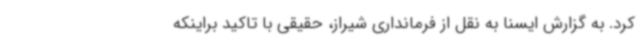
کرد. به گزارش ایسنا به نقل از فرمانداری شیراز، حقیقی با تاکید براینکه